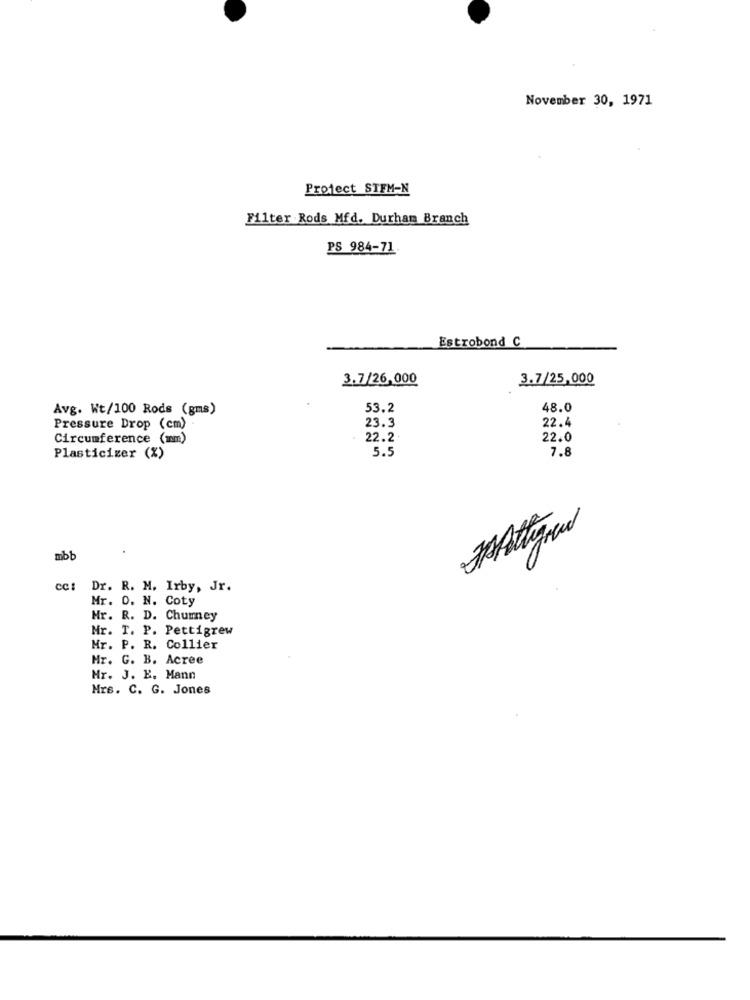
November 30, 1971
Project STEM-N
Filter Rods Mfd. Durham Branch
PS 984-71
Estrobond C
3.7/26,000
3.7/25,000
Avg. Wt/100 Rods (gms)
53.2
48.0
22.4
Pressure Drop (cm) .
23.3
Circumference (mm)
22.2.
22.0
5.5
Plasticizer (%)
7.8
mbb
cc:
Dr. R. M. Irby, Jr.
Mr. O. N. Coty
Hr. R. D. Chumey
Mr. T. P. Pettigrew
Mr. P. R. Collier
Mr. G. B. Acree
Mr. J. E. Mann
Mrs. C. G. Jones